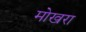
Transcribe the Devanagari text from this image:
मोखरा